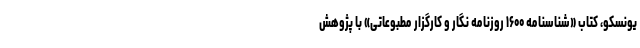
یونسکو، کتاب «شناسنامه ۱۶۰۰ روزنامه نگار و کارگزار مطبوعاتی» با پژوهش